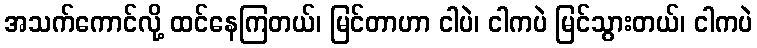
အသက်ကောင်လို့ ထင်နေကြတယ်၊ မြင်တာဟာ ငါပဲ၊ ငါကပဲ မြင်သွားတယ်၊ ငါကပဲ